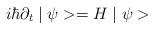
LaTeX: \begin{align*}i \hbar \partial _{t} \mid \psi >=H \mid \psi >\end{align*}